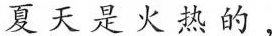
夏天是火热的,